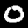
Digit: 0